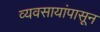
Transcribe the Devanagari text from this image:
व्यवसायांपासून